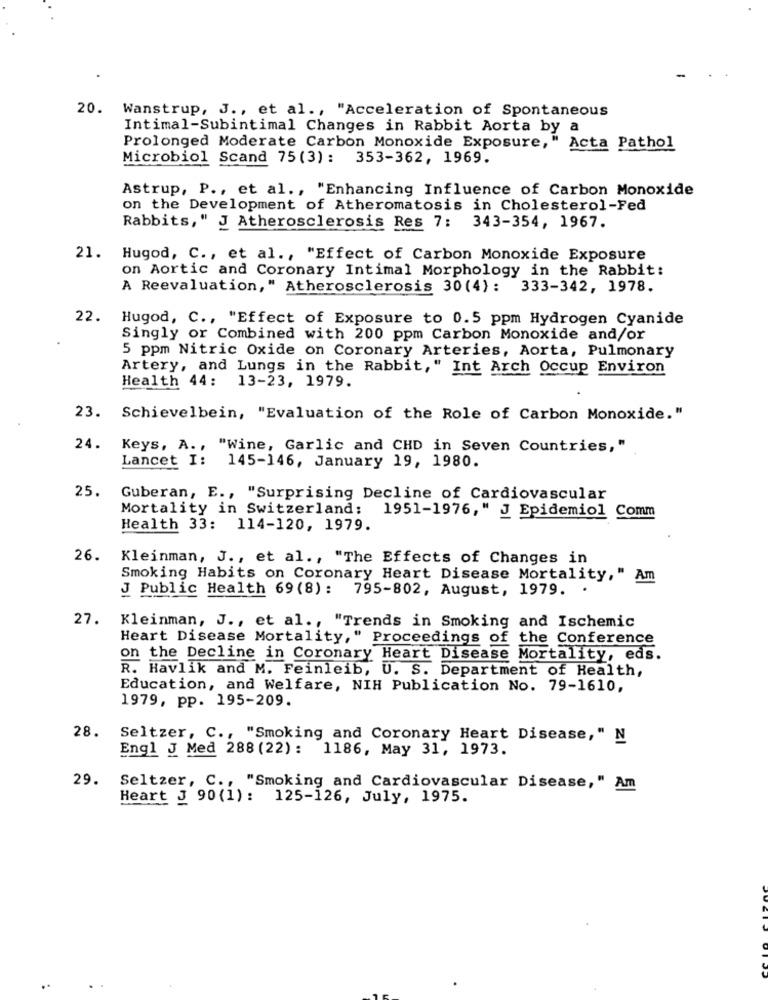
20. Wanstrup, J ., et al ., "Acceleration of Spontaneous
Intimal-Subintimal Changes in Rabbit Aorta by a
Prolonged Moderate Carbon Monoxide Exposure," Acta Pathol
Microbiol Scand 75(3): 353-362, 1969.
Astrup, P ., et al ., "Enhancing Influence of Carbon Monoxide
on the Development of Atheromatosis in Cholesterol-Fed
Rabbits," J Atherosclerosis Res 7: 343-354, 1967.
21.
Hugod, C ., et al ., "Effect of Carbon Monoxide Exposure
on Aortic and Coronary Intimal Morphology in the Rabbit:
A Reevaluation," Atherosclerosis 30(4): 333-342, 1978.
22.
Hugod, C ., "Effect of Exposure to 0.5 ppm Hydrogen Cyanide
Singly or Combined with 200 ppm Carbon Monoxide and/or
5 ppm Nitric Oxide on Coronary Arteries, Aorta, Pulmonary
Artery, and Lungs in the Rabbit," Int Arch Occup Environ
Health 44: 13-23, 1979.
23.
Schievelbein, "Evaluation of the Role of Carbon Monoxide."
24.
Keys, A ., "Wine, Garlic and CHD in Seven Countries, "
Lancet I: 145-146, January 19, 1980.
25.
Guberan, E ., "Surprising Decline of Cardiovascular
Mortality in Switzerland;
1951-1976," J Epidemiol Comm
Health 33: 114-120, 1979.
26.
Kleinman, J ., et al ., "The Effects of Changes in
Smoking Habits on Coronary Heart Disease Mortality," Am
J Public Health 69 (8): 795-802, August, 1979.
.
27. Kleinman, J ., et al ., "Trends in Smoking and Ischemic
Heart Disease Mortality," Proceedings of the Conference
on the Decline in Coronary Heart Disease Mortality, eds.
R. Havlik and M. Feinleib, U. S. Department of Health,
Education, and Welfare, NIH Publication No. 79-1610,
1979, pp. 195-209.
28.
Seltzer, C ., "Smoking and Coronary Heart Disease," N
Engl J Med 288 (22): 1186, May 31, 1973.
29.
Seltzer, C ., "Smoking and Cardiovascular Disease," Am
Heart J 90 (1): 125-126, July, 1975.